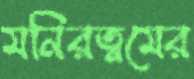
মনিরত্নমের